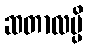
ဆတာလမ္ပိ